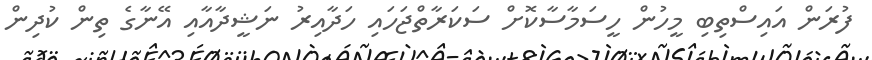
ފުރަން އައިސްތިބި މީހުން ހީސަމާސާކޮށް ސަކަރާތްޖަހައި ހަދާއިރު ނަޝީދާއާއި އޭނާގެ ތިން ކުދިން